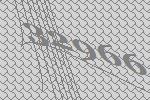
32966